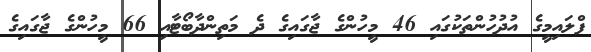
ފްލައިމީގެ އުދުހުންތަކުގައި 46 މީހުންގެ ޖާގައިގެ ދެ މަތިންދާބޯޓާއި 66 މީހުންގެ ޖާގައިގެ